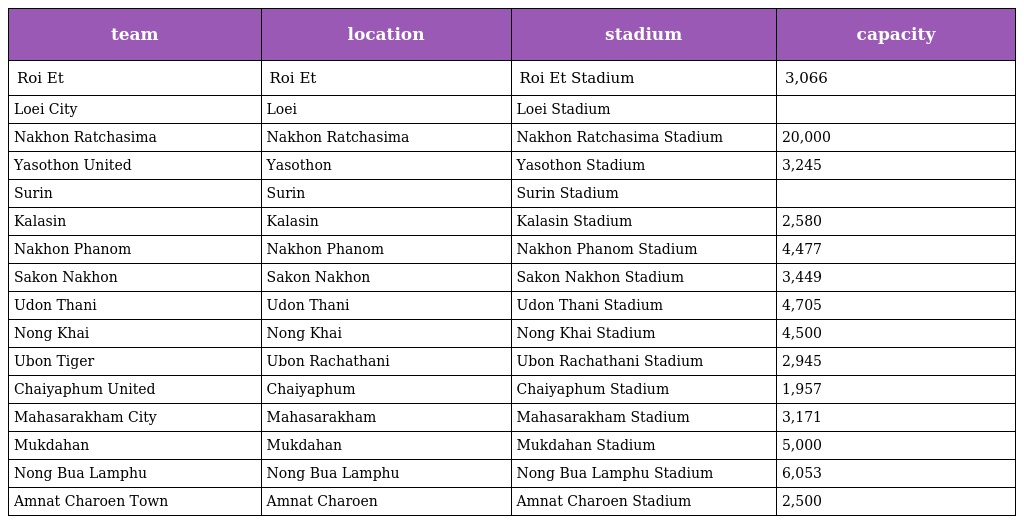
| team | location | stadium | capacity |
 | --- | --- | --- | --- |
 | Roi Et | Roi Et | Roi Et Stadium | 3,066 |
 | Loei City | Loei | Loei Stadium |  |
 | Nakhon Ratchasima | Nakhon Ratchasima | Nakhon Ratchasima Stadium | 20,000 |
 | Yasothon United | Yasothon | Yasothon Stadium | 3,245 |
 | Surin | Surin | Surin Stadium |  |
 | Kalasin | Kalasin | Kalasin Stadium | 2,580 |
 | Nakhon Phanom | Nakhon Phanom | Nakhon Phanom Stadium | 4,477 |
 | Sakon Nakhon | Sakon Nakhon | Sakon Nakhon Stadium | 3,449 |
 | Udon Thani | Udon Thani | Udon Thani Stadium | 4,705 |
 | Nong Khai | Nong Khai | Nong Khai Stadium | 4,500 |
 | Ubon Tiger | Ubon Rachathani | Ubon Rachathani Stadium | 2,945 |
 | Chaiyaphum United | Chaiyaphum | Chaiyaphum Stadium | 1,957 |
 | Mahasarakham City | Mahasarakham | Mahasarakham Stadium | 3,171 |
 | Mukdahan | Mukdahan | Mukdahan Stadium | 5,000 |
 | Nong Bua Lamphu | Nong Bua Lamphu | Nong Bua Lamphu Stadium | 6,053 |
 | Amnat Charoen Town | Amnat Charoen | Amnat Charoen Stadium | 2,500 |